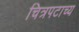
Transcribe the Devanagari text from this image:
चित्रपटाच्य